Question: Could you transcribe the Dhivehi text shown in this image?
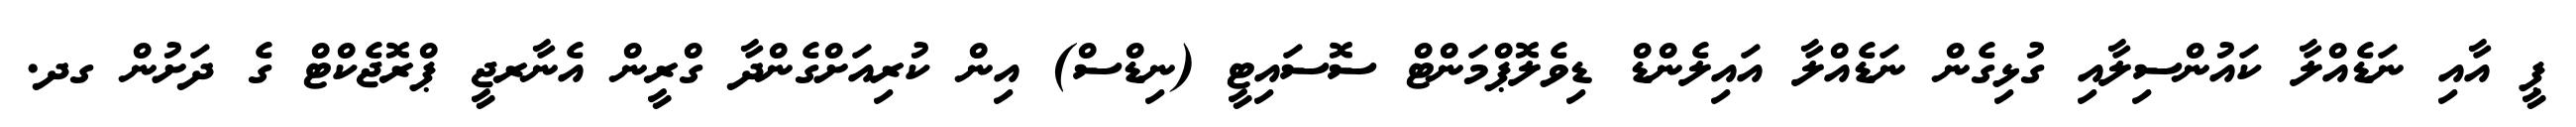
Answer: ޕީ އާއި ނަޑެއްލާ ކައުންސިލާއި ގުޅިގެން ނަޑެއްލާ އައިލެންޑް ޑިވެލޮޕްމަންޓް ސޮސައިޓީ (ނިޑްސް) އިން ކުރިއަށްގެންދާ ގްރީން އެނާރޖީ ޕްރޮޖެކްޓް ގެ ދަށުން ގދ.